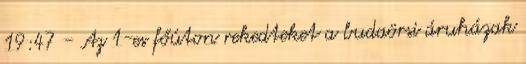
19:47 - Az 1-es főúton rekedteket a budaörsi áruházak